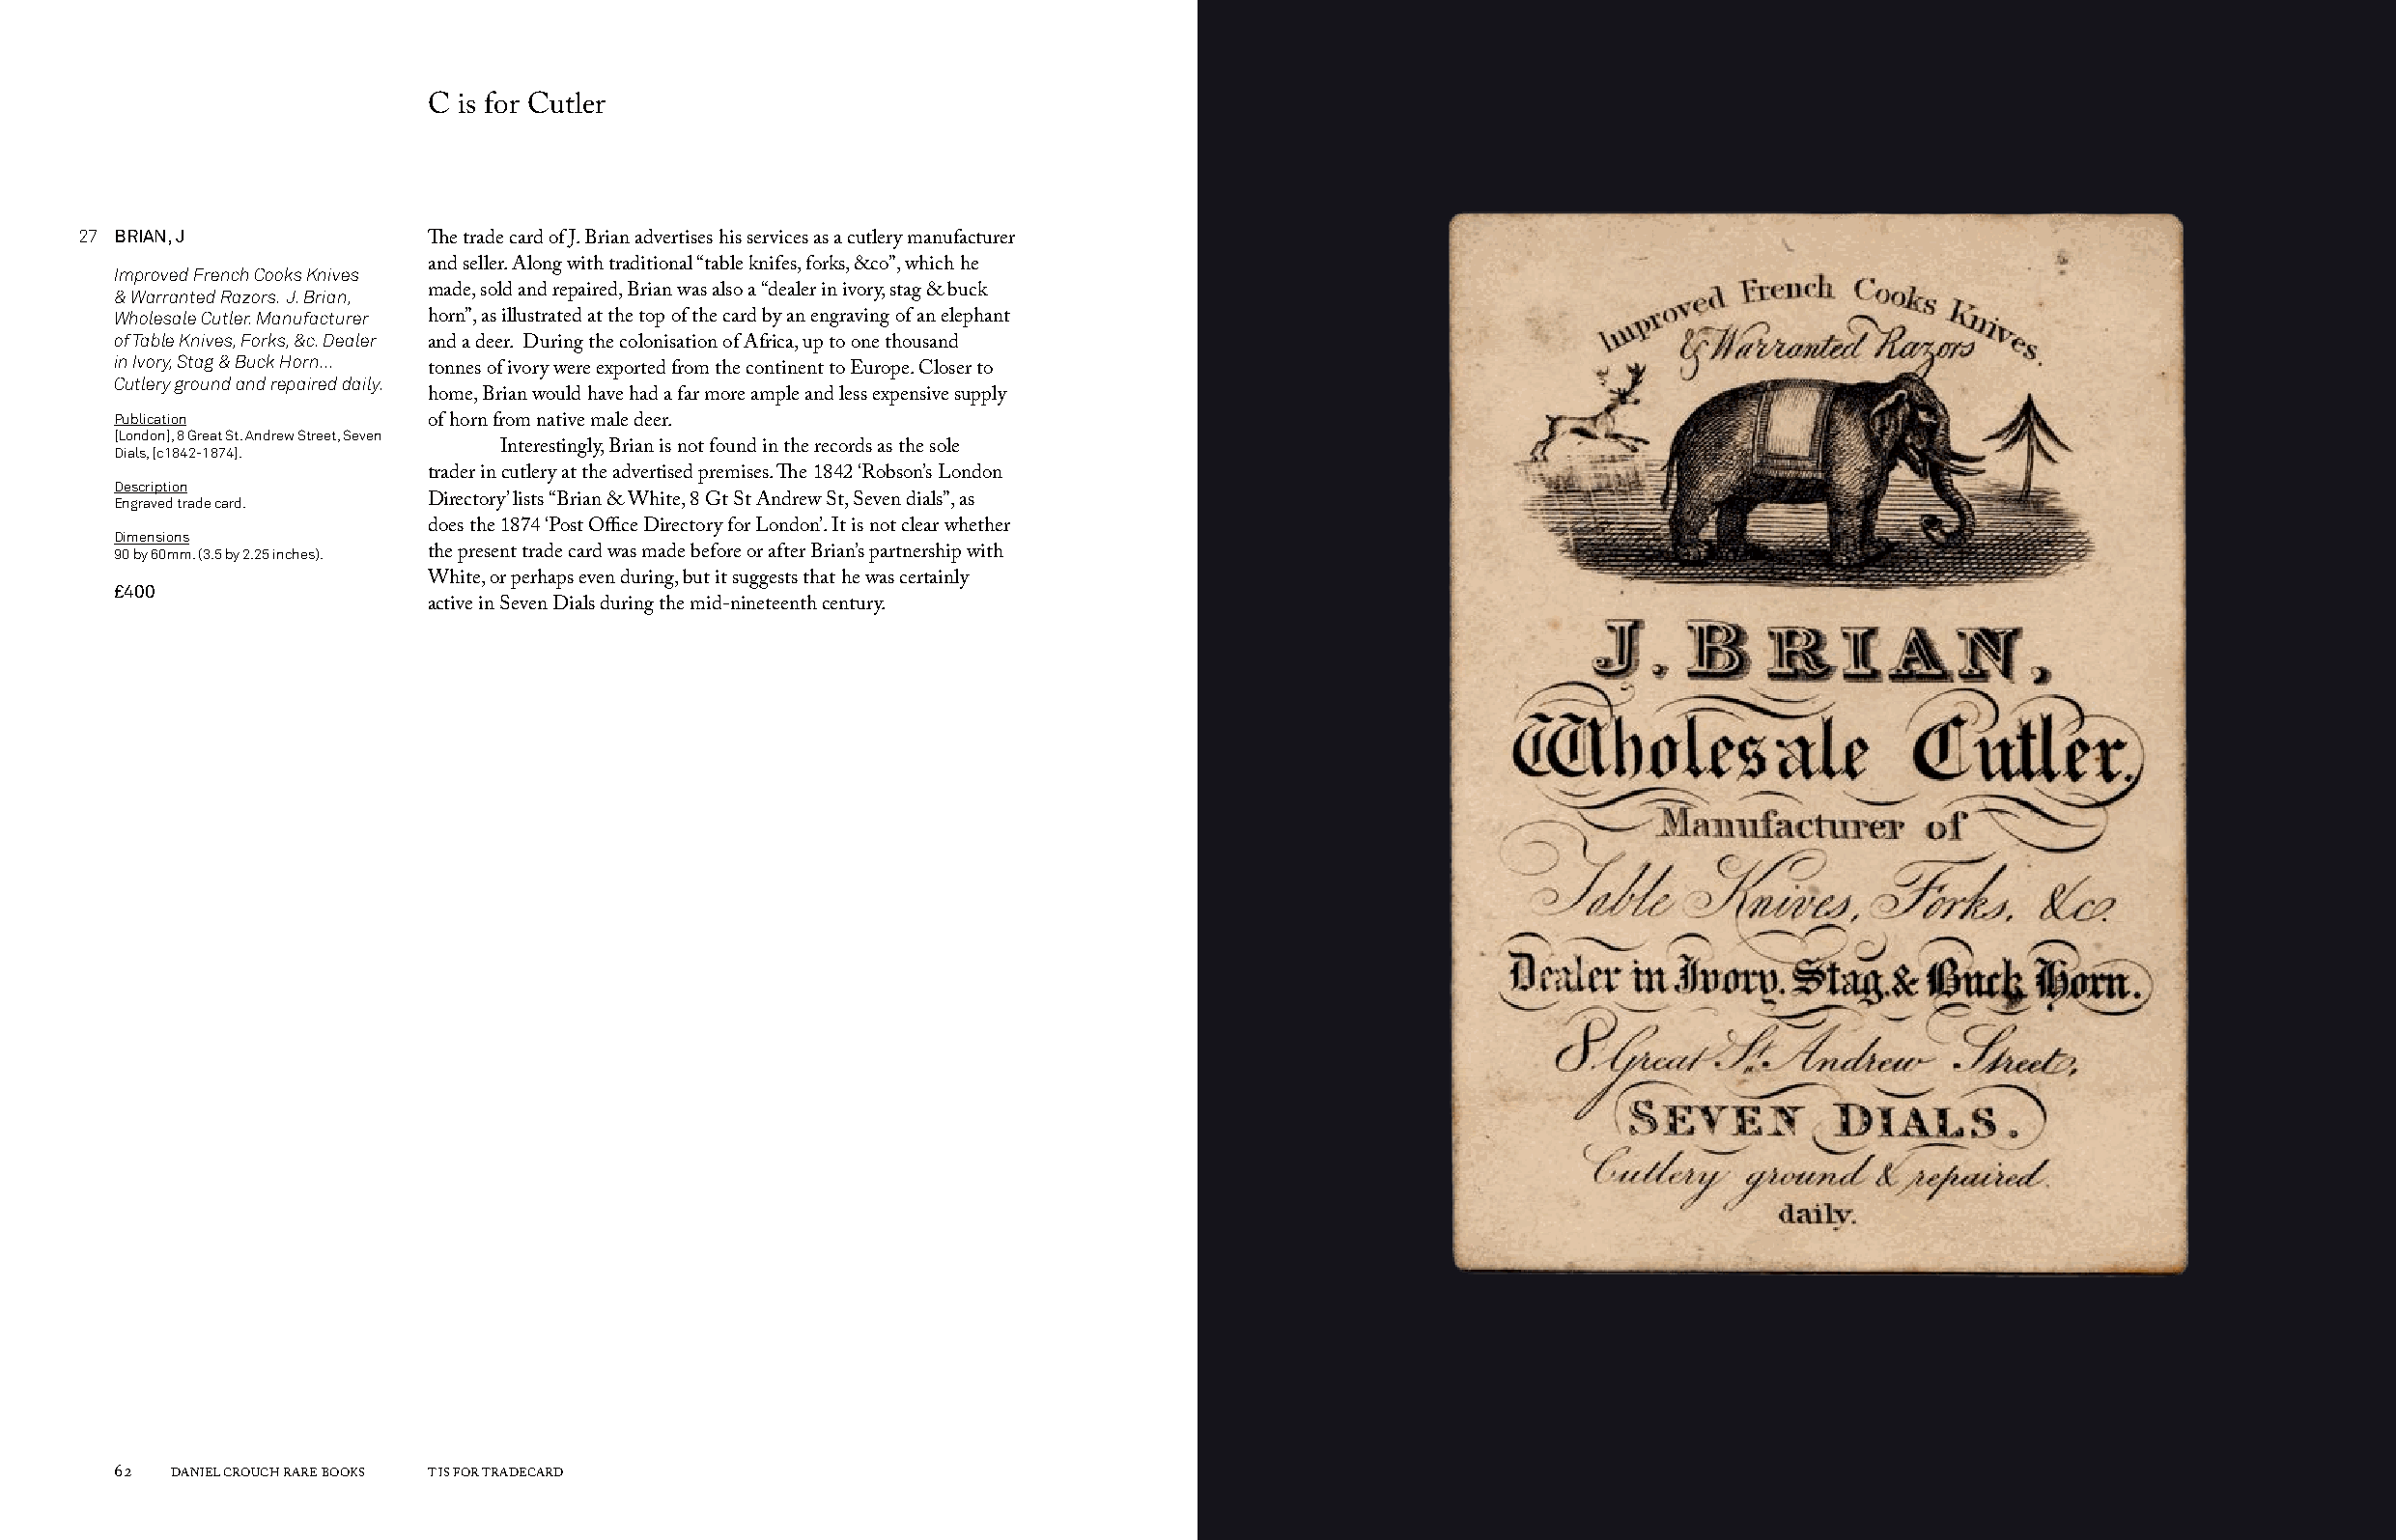
C is for Cutler
 27 BRIAN, J
 The trade card of J. Brian advertises his services as a cutlery manufacturer
 Improved French Cooks Knives and seller. Along with traditional “table knifes, forks, &co”, which he
 & Warranted Razors. J. Brian, made, sold and repaired, Brian was also a “dealer in ivory, stag & buck
 Wholesale Cutler. Manufacturer horn”, as illustrated at the top of the card by an engraving of an elephant
 of Table Knives, Forks, &c. Dealer
 and a deer. During the colonisation of Africa, up to one thousand
 in Ivory, Stag & Buck Horn...
 tonnes of ivory were exported from the continent to Europe. Closer to
 Cutlery ground and repaired daily.
 home, Brian would have had a far more ample and less expensive supply
 Publication
 of horn from native male deer.
 [London], 8 Great St. Andrew Street, Seven
 Dials, [c1842-1874].      Interestingly, Brian is not found in the records as the sole
 trader in cutlery at the advertised premises. The 1842 ‘Robson’s London
 Description
 Engraved trade card. Directory’ lists “Brian & White, 8 Gt St Andrew St, Seven dials”, as
 does the 1874 ‘Post Office Directory for London’. It is not clear whether
 Dimensions
 90 by 60mm. (3.5 by 2.25 inches). the present trade card was made before or after Brian’s partnership with
 White, or perhaps even during, but it suggests that he was certainly
 £400
 active in Seven Dials during the mid-nineteenth century.
 62  DANIEL CROUCH RARE BOOKS T IS FOR TRADECARD                                                                       T IS FOR TRADECARD DANIEL CROUCH RARE BOOKS 63